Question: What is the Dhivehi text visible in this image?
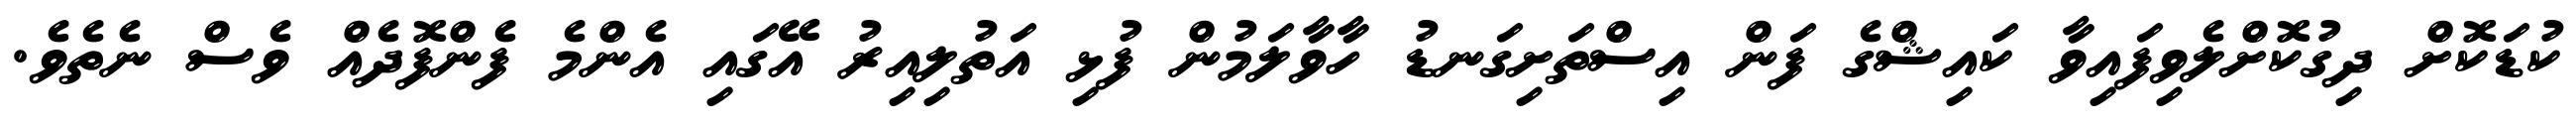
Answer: ކުޑަކޮށް ދިގުކޮށްލެވިފައިވާ ކައިޝްގެ ފަން އިސްތަށިގަނޑު ހާވާލަމުން ފުޅި އަތުލިއިރު އޭގައި އެންމެ ފެންފޮދެއް ވެސް ނެތެވެ.